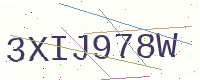
Text: 3XIJ978W